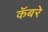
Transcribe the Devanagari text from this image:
कॅबरे